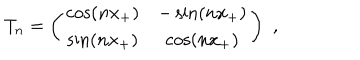
T _ { n } = \left( \begin{array} { c c } { { \cos ( n x _ { + } ) } } & { { - \sin ( n x _ { + } ) } } \\ { { \sin ( n x _ { + } ) } } & { { \cos ( n x _ { + } ) } } \\ \end{array} \right) \, \, ,